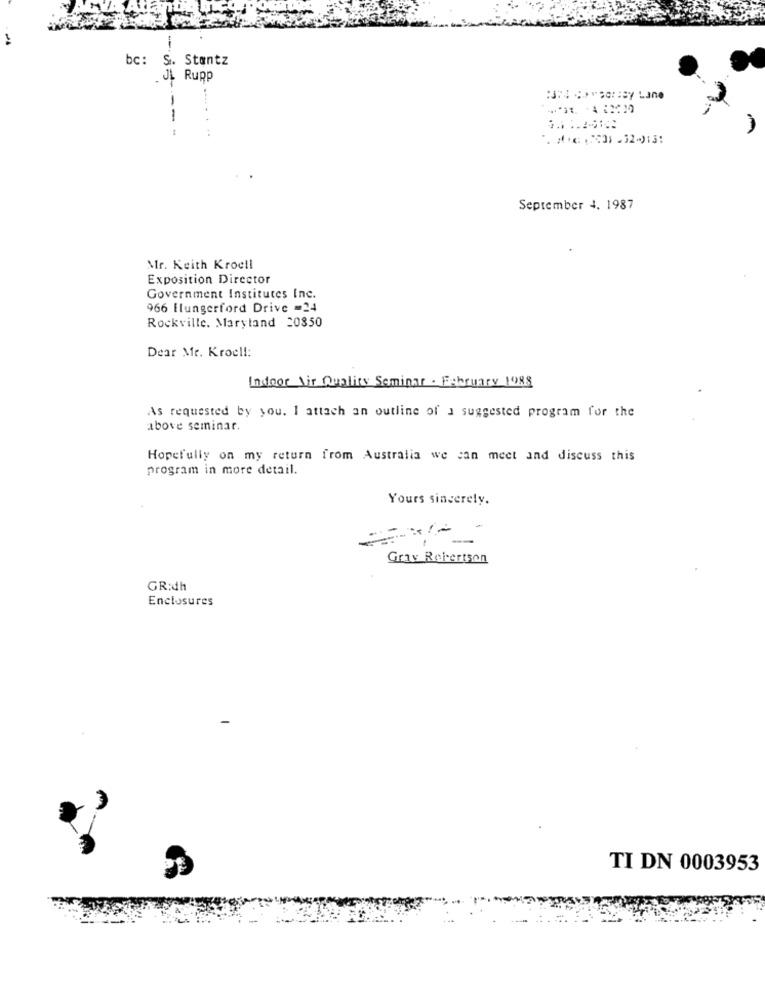
1
bc: S. Stantz
. J. Rupp
--
*. * **: : : 3) .32-)131
September 4. 1987
Mr. Keith Kroell
Exposition Director
Government Institutes Inc.
966 Ilungerford Drive =24
Rockville. Maryland 20850
Dear Mr. Kroel !:
Indoor Air Quality Seminar . February 1988
As requested by you. I attach an outline of a suggested program for the
above seminar.
Hopefully on my return from Australia we can meet and discuss this
program in more detail.
Yours sincerely.
Gray Refertsen
GR:dh
Enclosures
TI DN 0003953